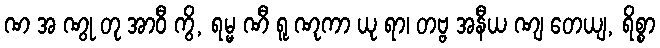
ဏ အ ဏွု တု အာဝီ ကွိ, ရမ္မ ဏီ ရူ ဏုကာ ယု ရာ၊ တဗ္ဗ အနီယ ဏျ တေယျ, ရိစ္စာ